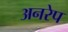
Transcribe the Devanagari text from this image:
अनरेप